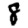
Digit: 8